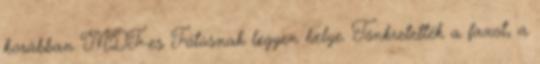
korábban MDF-es Fótosnak legyen helye. Tönkretették a faxot, a